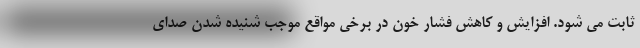
ثابت می شود. افزایش و کاهش فشار خون در برخی مواقع موجب شنیده شدن صدای